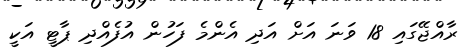
ރާއްޖޭގައި 18 ވަނަ އަށް އަދި އެންމެ ފަހުން އުފެއްދި ޕާޓީ އަކީ